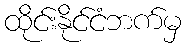
ထိုင်းနိုင်ငံဘက်မှ